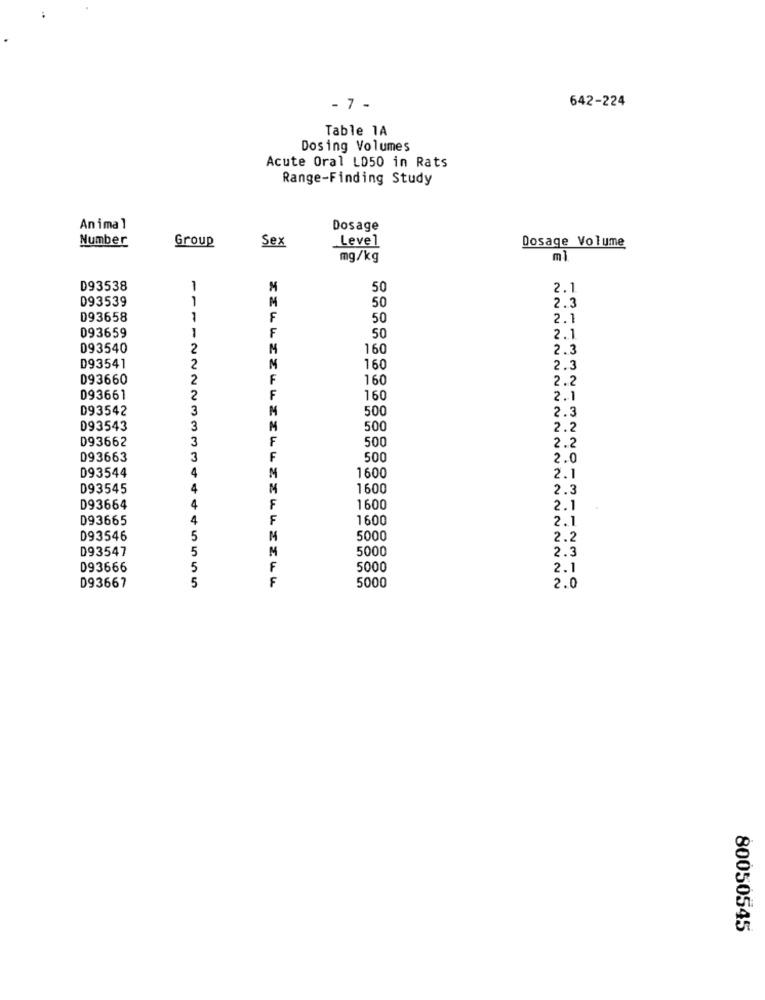
- 7 -
642-224
Table 1A
Dosing Volumes
Acute Oral LD50 in Rats
Range-Finding Study
Animal
Dosage
Number
Group
Level
Sex
Dosage Volume
mg/kg
ml
D93538
M
50
2.1
093539
M
50
2.3
D93658
1
F
50
2.1
093659
1
F
50
2.1
093540
2
M
160
2.3
D93541
2
N
160
2.3
D93660
2
F
160
2.2
093661
2
F
160
2.1
D93542
3
M
500
2.3
D93543
3
M
500
2.2
D93662
3
F
500
2.2
D93663
3
F
500
2.0
D93544
1600
M
2.1
D93545
1600
2.3
D93664
4
F
1600
2.1
D93665
F
1600
2.1
D93546
5
5000
2.2
D93547
5
5000
2.3
D93666
5
F
5000
2.1
5
F
5000
D93667
2.0
80050545